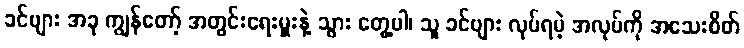
ခင်ဗျား အခု ကျွန်တော့် အတွင်းရေးမှူးနဲ့ သွား တွေ့ပါ၊ သူ ခင်ဗျား လုပ်ရမဲ့ အလုပ်ကို အသေးစိတ်